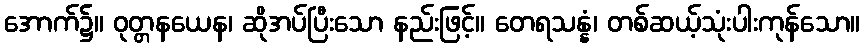
အောက်၌။ ဝုတ္တနယေန၊ ဆိုအပ်ပြီးသော နည်းဖြင့်။ တေရသန္နံ၊ တစ်ဆယ့်သုံးပါးကုန်သော။